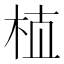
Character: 𰗝